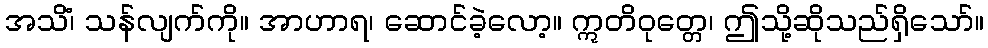
အသိံ၊ သန်လျက်ကို။ အာဟာရ၊ ဆောင်ခဲ့လော့။ ဣတိဝုတ္တေ၊ ဤသို့ဆိုသည်ရှိသော်။